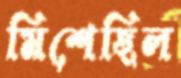
মিশেছিল